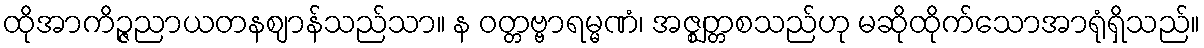
ထိုအာကိဉ္ဇညာယတနဈာန်သည်သာ။ န ဝတ္တဗ္ဗာရမ္မဏံ၊ အဇ္ဈတ္တစသည်ဟု မဆိုထိုက်သောအာရုံရှိသည်။